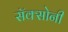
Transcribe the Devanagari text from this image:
सॅक्सोनी